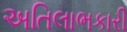
અતિલાભકારી